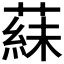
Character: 𬞍